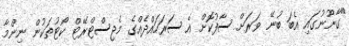
"ގާނޫނުގައި އެބަ ބުނޭ ވަރަށް ސާފުކޮށް އެ ސަރަހައްދެއްގެ މެޖިސްޓްރޭޓް ކޯޓުތަކުން ނިންމާ